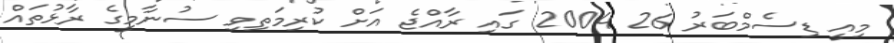
މިއީ ޑިސެމްބަރު 26 2004 ގައި ރާއްޖެ އަށް ކުރިމަތިވި ސުނާމީގެ ރާޅުތައް